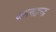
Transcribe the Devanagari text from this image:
आत्मद्वन्द्व